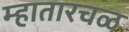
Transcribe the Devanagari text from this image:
म्हातारचळ